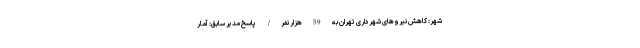
شهر: کاهش نیروهای شهرداری تهران به 59 هزار نفر/ پاسخ مدیر سابق: آمار